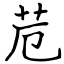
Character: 苊